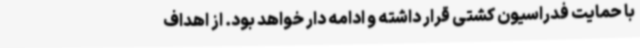
با حمایت فدراسیون کشتی قرار داشته و ادامه دار خواهد بود. از اهداف